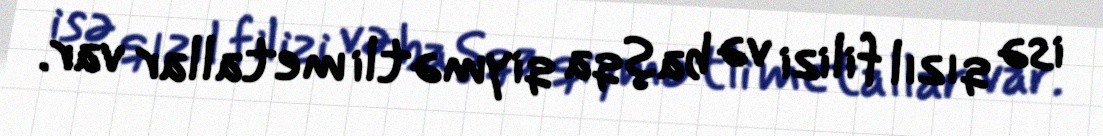
isə qızıl filizi və başqa qiymətli metallar var.